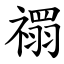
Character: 禤